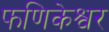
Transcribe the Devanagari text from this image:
फणिकेश्वर